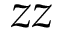
z z